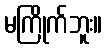
မကြိုက်ဘူး။